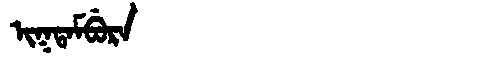
Manchu: ᡳᡴᡨᠠᠮᠪᡠᡵᠠ
Romanization: IKTAMBURA